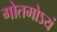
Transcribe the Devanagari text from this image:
गोतमोऽयं